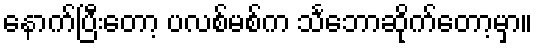
နောက်ပြီးတော့ ပလစ်မစ်က သင်္ဘောဆိုက်တော့မှာ။